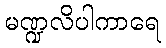
မဏ္ဍလိပါကာရေ